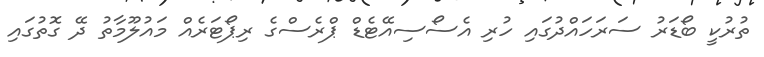
ތުރުކީ ބޯޑަރު ސަރަހައްދުގައި ހުރި އެސޯސިއޭޓެޑް ޕްރެސްގެ ރިޕޯޓަރެއް މައުލޫމާތު ދޭ ގޮތުގައި